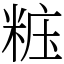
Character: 𥺁